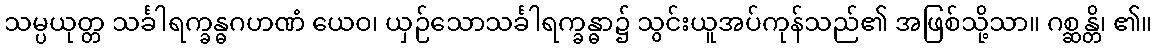
သမ္ပယုတ္တ သင်္ခါရက္ခန္ဓဂဟဏံ ယေဝ၊ ယှဉ်သောသင်္ခါရက္ခန္ဓာ၌ သွင်းယူအပ်ကုန်သည်၏ အဖြစ်သို့သာ။ ဂစ္ဆန္တိ၊ ၏။